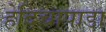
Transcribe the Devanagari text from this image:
हेदिचापाडा